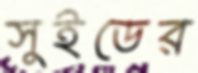
সুইডের